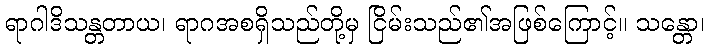
ရာဂါဒိသန္တတာယ၊ ရာဂအစရှိသည်တို့မှ ငြိမ်းသည်၏အဖြစ်ကြောင့်။ သန္တော၊